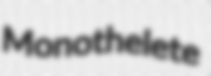
Monothelete